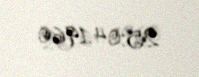
25.04.1960